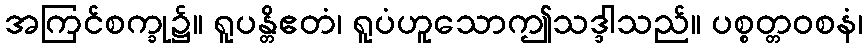
အကြင်စက္ခု၌။ ရူပန္တိဧတံ၊ ရူပံဟူသောဤသဒ္ဒါသည်။ ပစ္စတ္တဝစနံ၊